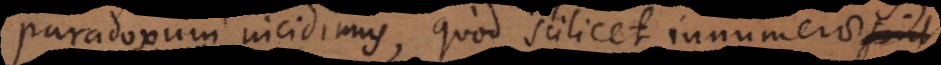
paradoxum incidimus, quod scilicet innumerae sint